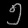
Digit: ၅